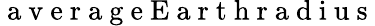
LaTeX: \mathrm{~a~v~e~r~a~g~e~E~a~r~t~h~r~a~d~i~u~s~}